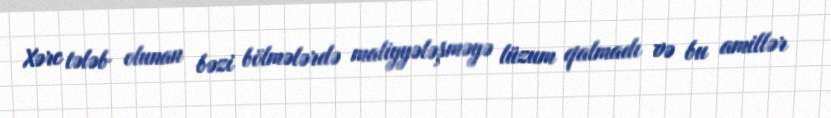
Xərc tələb olunan bəzi bölmələrdə maliyyələşməyə lüzum qalmadı və bu amillər